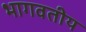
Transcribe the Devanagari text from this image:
भागवतीय